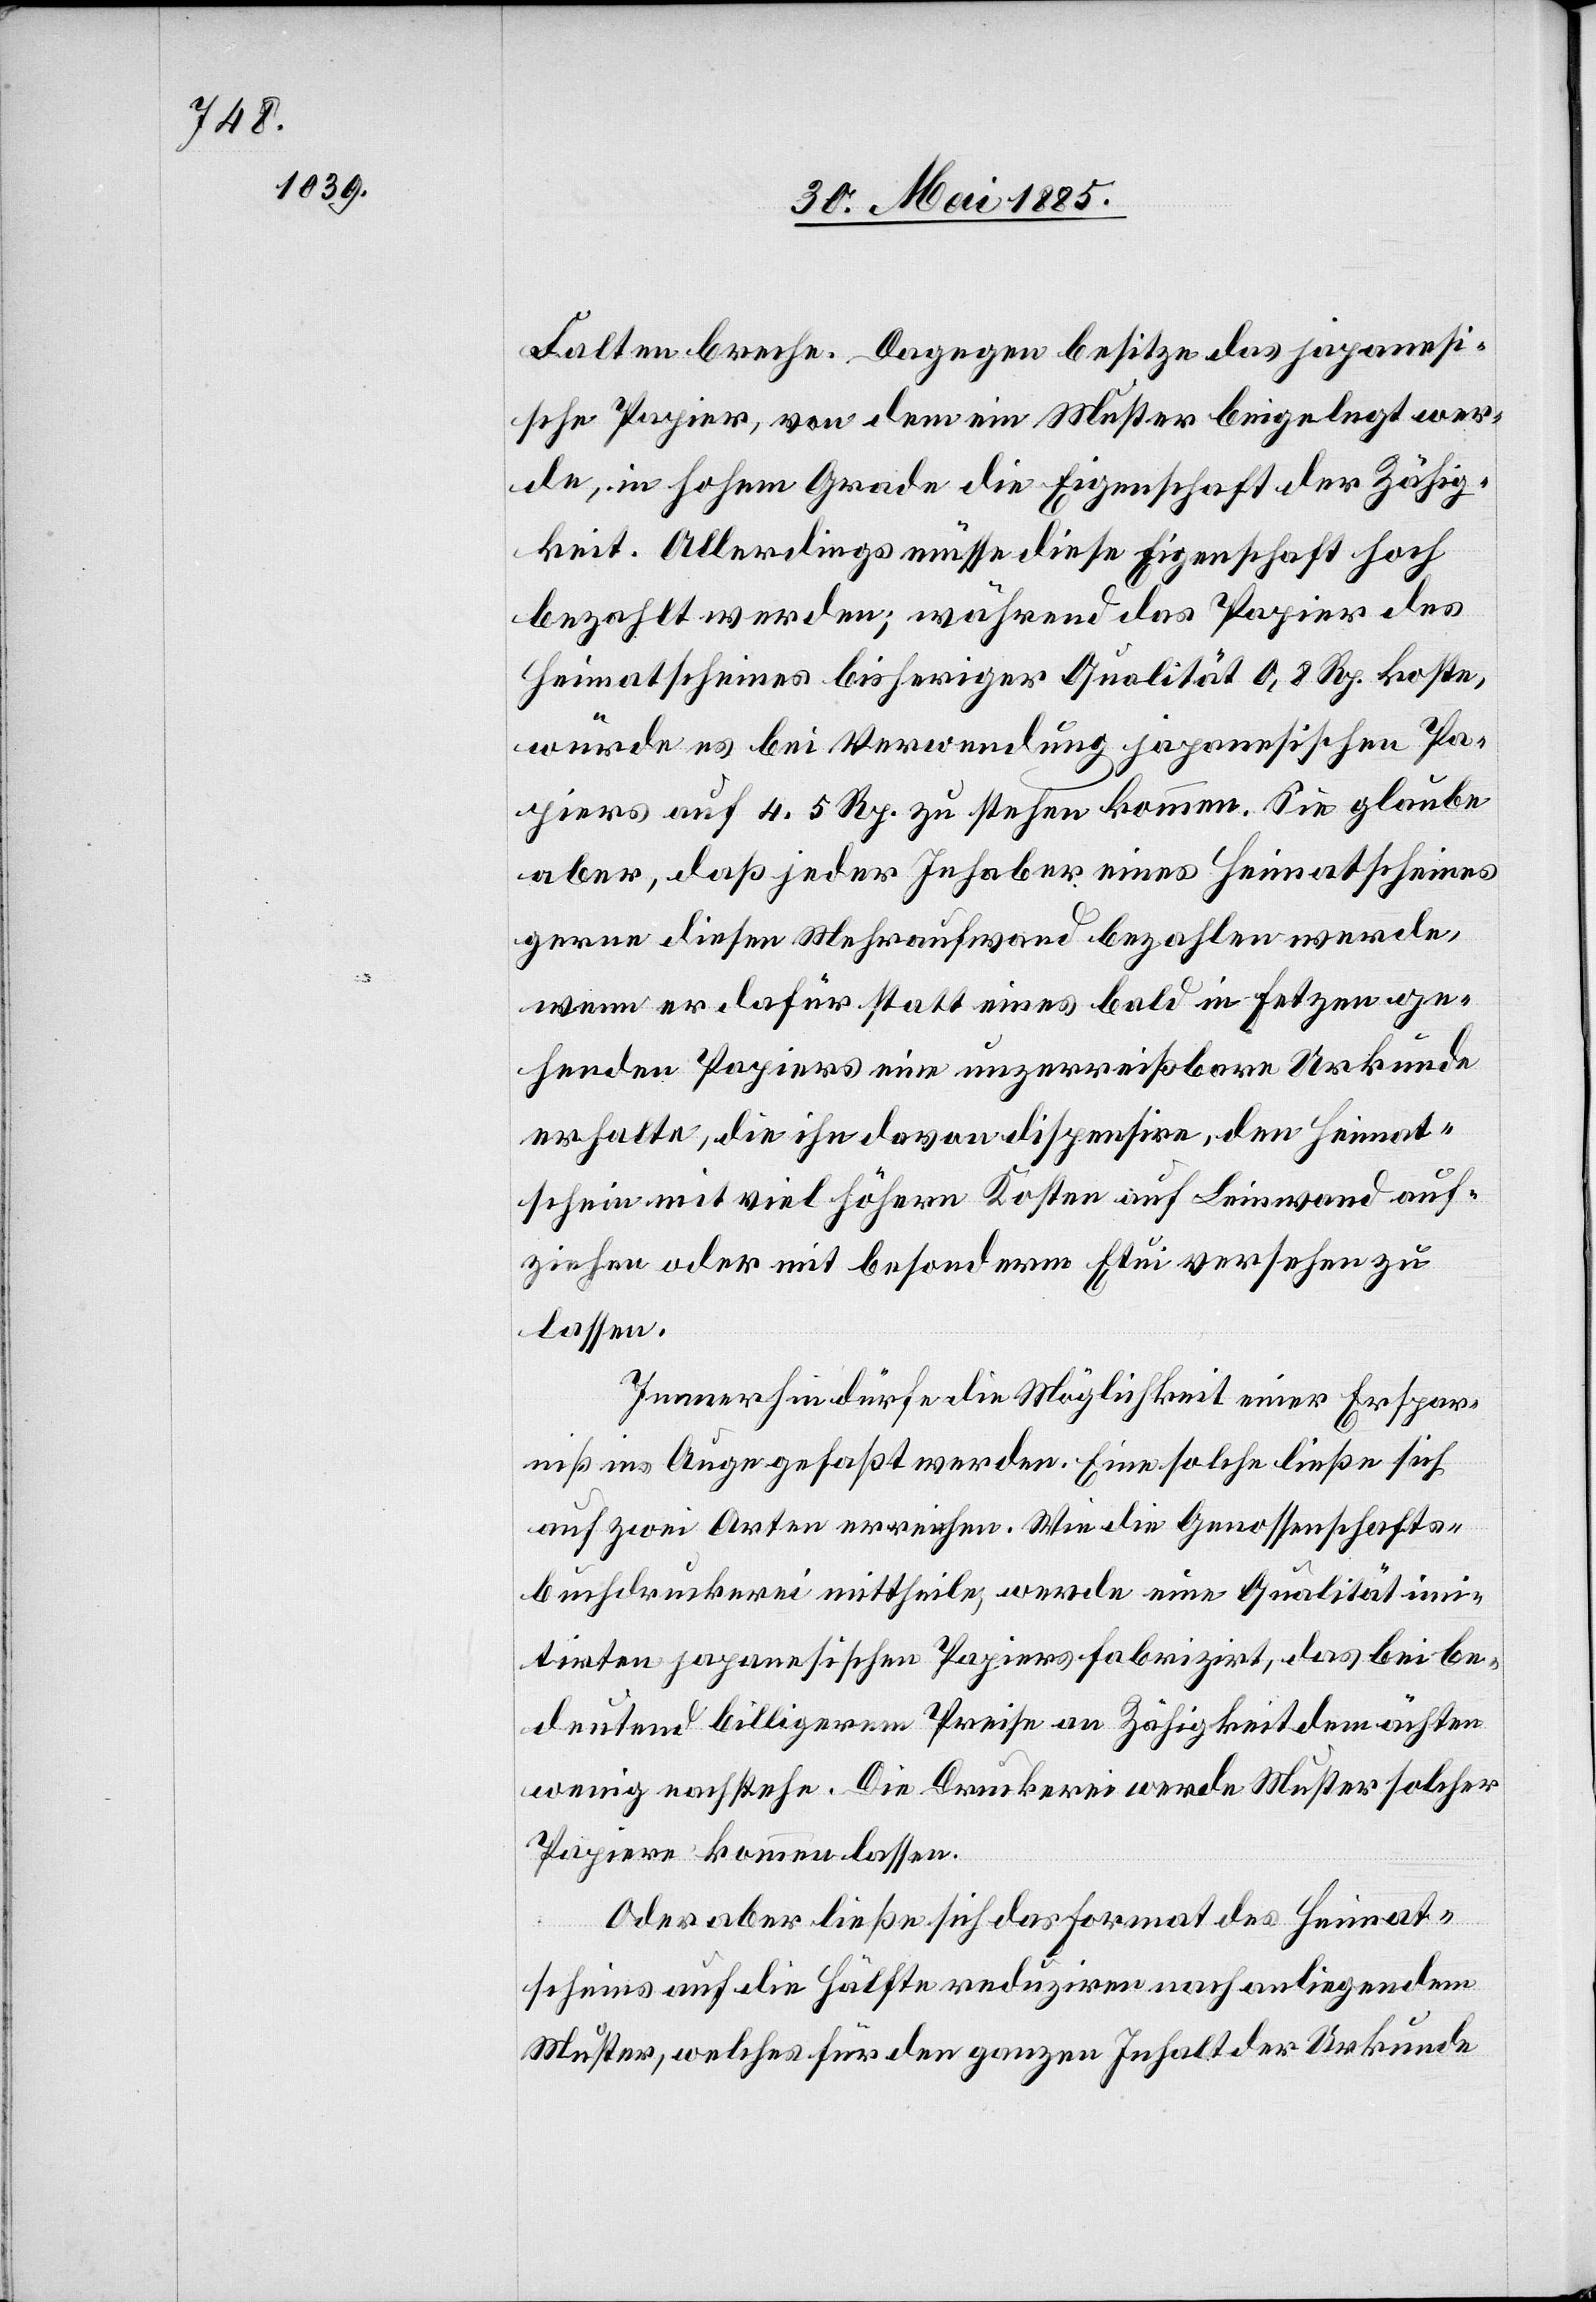
Falten breche. Dagegen besitze das japonesi¬
sche Papier, von dem ein Muster beigelegt wer¬
de, in hohem Grade die Eigenschaft der Zähig¬
keit. Allerdings müsse diese Eigenschaft hoch
bezahlt werden; während das Papier des
Heimatscheines bisheriger Qualität 0,8 Rp. koste,
würde es bei Verwendung japonesischen Pa¬
pieres auf 4.5 Rp. zu stehen kommen. Sie glaube
aber, daß jeder Inhaber eines Heimatscheines
gerne diesen Mehraufwand bezahlen werde,
wenn er dafür statt eines bald in Fetzen ge¬
henden Papieres eine unzerreißbare Urkunde
erhalte, die ihn davon dispensire, den Heimat¬
schein mit viel höhern Kosten auf Leinwand auf¬
ziehen oder mit besonderm Etui versehen zu
lassen.
Immerhin dürfe die Möglichkeit einer Erspar¬
niß ins Auge gefaßt werden. Eine solche ließe sich
auf zwei Arten erreichen. Wie die Genossenschafts¬
buchdruckerei mittheile, werde eine Qualität imi¬
tirten japonesischen Papieres fabriziert, das bei be¬
deutend billigerem Preise an Zähigkeit dem ächten
wenig nachstehe. Die Druckerei werde Muster solcher
Papiere kommen lassen.
Oder aber ließe sich das Format des Heimat¬
scheines auf die Hälfte reduziren nach anliegendem
Muster, welches für den ganzen Inhalt der Urkunde